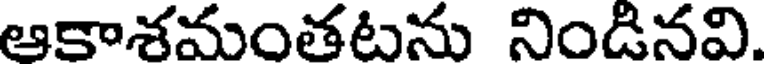
ఆకాశమంతటను నిండినవి.